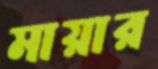
মায়ার